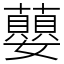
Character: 蘡